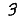
Digit: 3